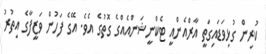
ކުރިން ގުޅިވަޑައިގަތީ އާރްއެންއީ ޓެކްނީޝަންއެއްގެ ގޮތުގެ އެވެ. އޭގެ ފަހުން ވަޒީފާގެ އިތުރު